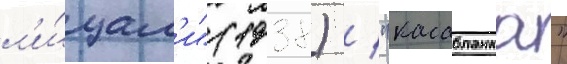
л'и́цам'и" (1938) / "касабланка"